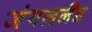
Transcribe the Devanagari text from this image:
जंगललैंड